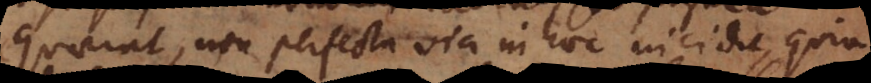
quaerat, non perfecta via in hoc incidit, quia